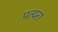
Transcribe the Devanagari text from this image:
पत्थरा